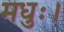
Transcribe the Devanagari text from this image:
मधुः।